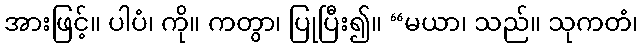
အားဖြင့်။ ပါပံ၊ ကို။ ကတွာ၊ ပြုပြီး၍။ “မယာ၊ သည်။ သုကတံ၊